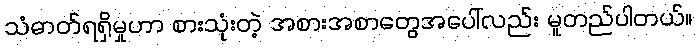
သံဓာတ်ရရှိမှုဟာ စားသုံးတဲ့ အစားအစာတွေအပေါ်လည်း မူတည်ပါတယ်။